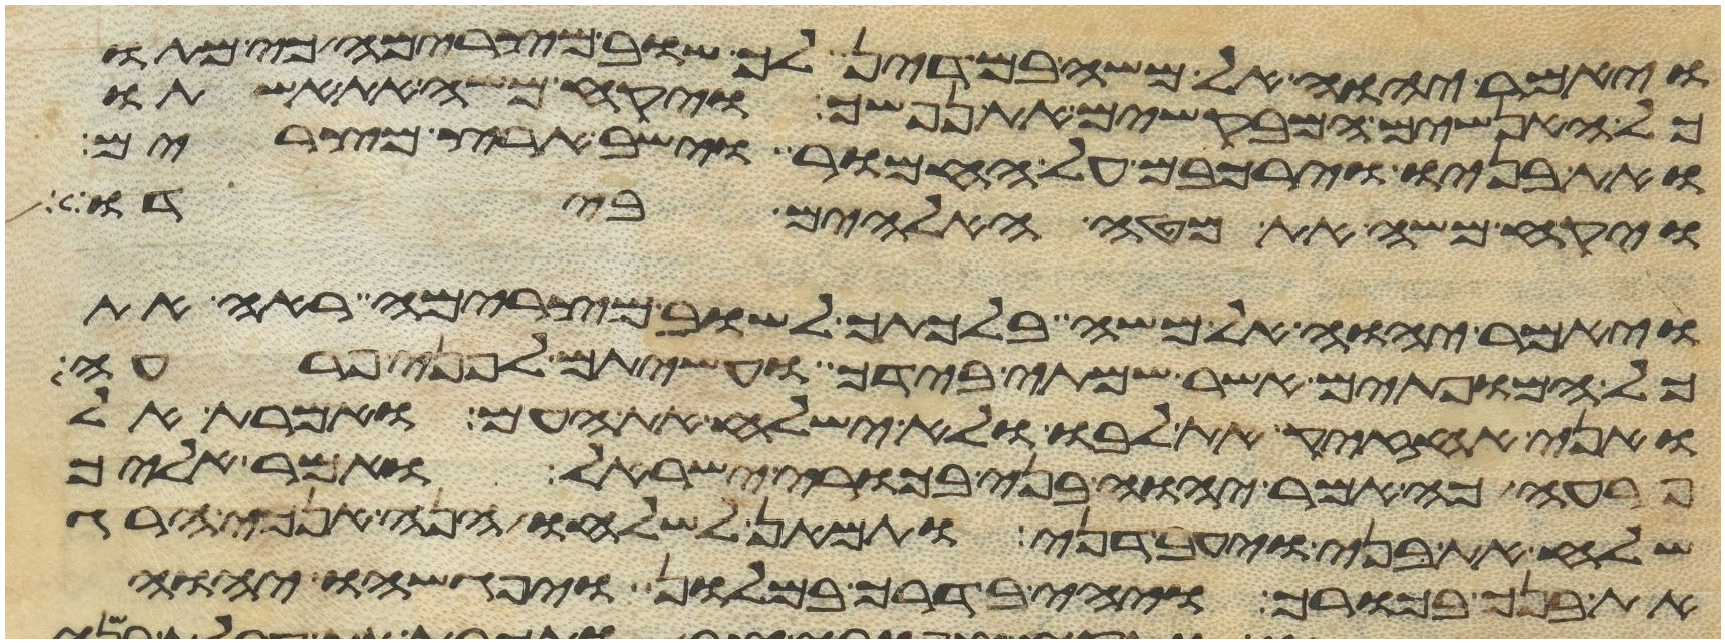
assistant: ויאמר יהוה אל משה במדין לך שוב מצרימה כי מתו
כל האנשים המבקשים את נפשך ויקח משה את אשתו
ואת בניו וירכבם על החמור וישב ארץ מצרים
ויקח משה את מטה האלהים בידו
ויאמר יהוה אל משה בלכתך לשוב מצרימה ראה את
כל המופתים אשר שמתי בידך ועשיתם לפני פרעה
ואני אחזיק את לבו ולא ישלח את העם ואמרת אל
פרעה כה אמר יהוה בני בכורי ישראל ואמר אליך
שלח את בני ויעבדני ותמאן לשלחו הנה אנכי הרג
את בנך בכורך ויהי בדרך במלון ויפגשהו יהוה